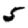
Digit: 5